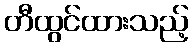
တီထွင်ထားသည့်